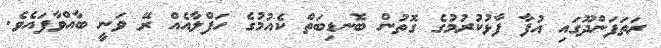
ރަތަފަންދޫގައި އުފާ ފާޅުކުރުމުގެ ގޮތުން ބޮނޑިބަތް ކެއުމުގެ ހަފްލާއެއް ރޭ ވަނީ ބާއްވާފައެވެ.